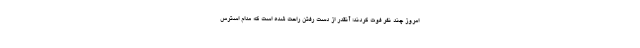
امروز چند نفر فوت کردند؛ آنقدر از دست رفتن راحت شده است که مدام استرس